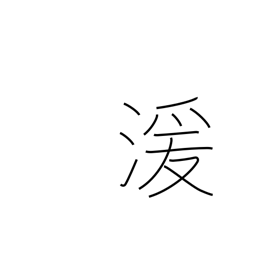
Meaning: flowing water